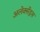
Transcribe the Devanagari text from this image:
अलेक्सेंड्रस